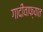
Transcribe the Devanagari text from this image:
गादीवाफ्यात